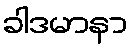
ခါဒမာနာ